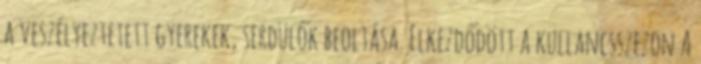
a veszélyeztetett gyerekek, serdülők beoltása. Elkezdődött a kullancsszezon A